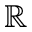
\mathbb { R }